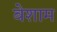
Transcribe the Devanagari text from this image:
बेशाम